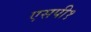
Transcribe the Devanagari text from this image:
एसपी१